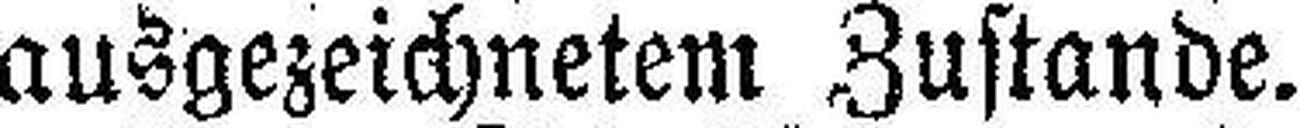
ausgezeichnetem Zustande.